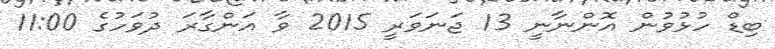
ބިޑް ހުޅުވުން އޮންނާނީ 13 ޖަނަވަރީ 2015 ވާ އަންގާރަ ދުވަހުގެ 11:00